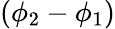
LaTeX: (\phi_{2}-\phi_{1})